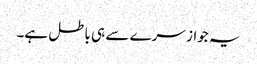
یہ جواز سرے سے ہی باطل ہے۔